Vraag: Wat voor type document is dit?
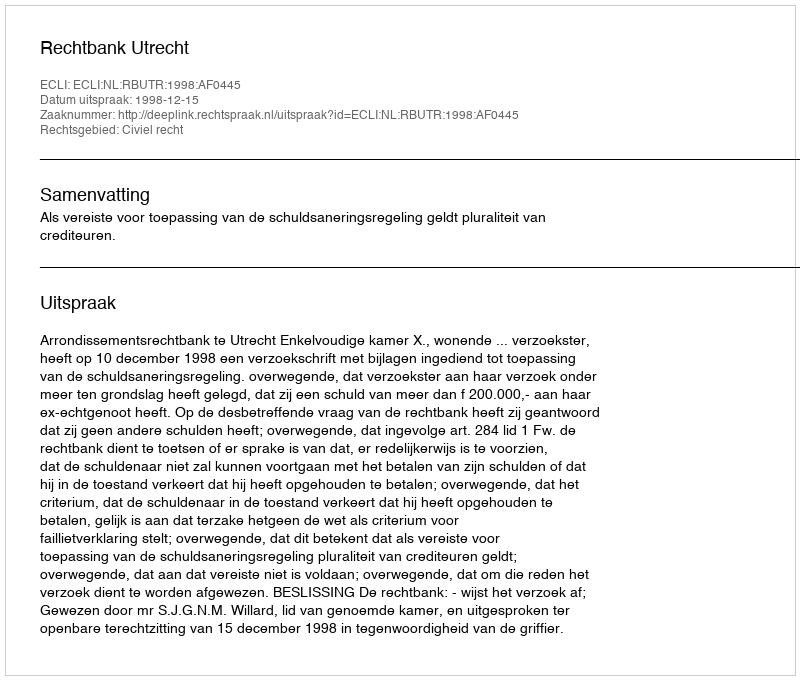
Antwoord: Uitspraak